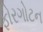
ફોરગોટન